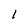
Character: I